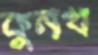
কুনখ